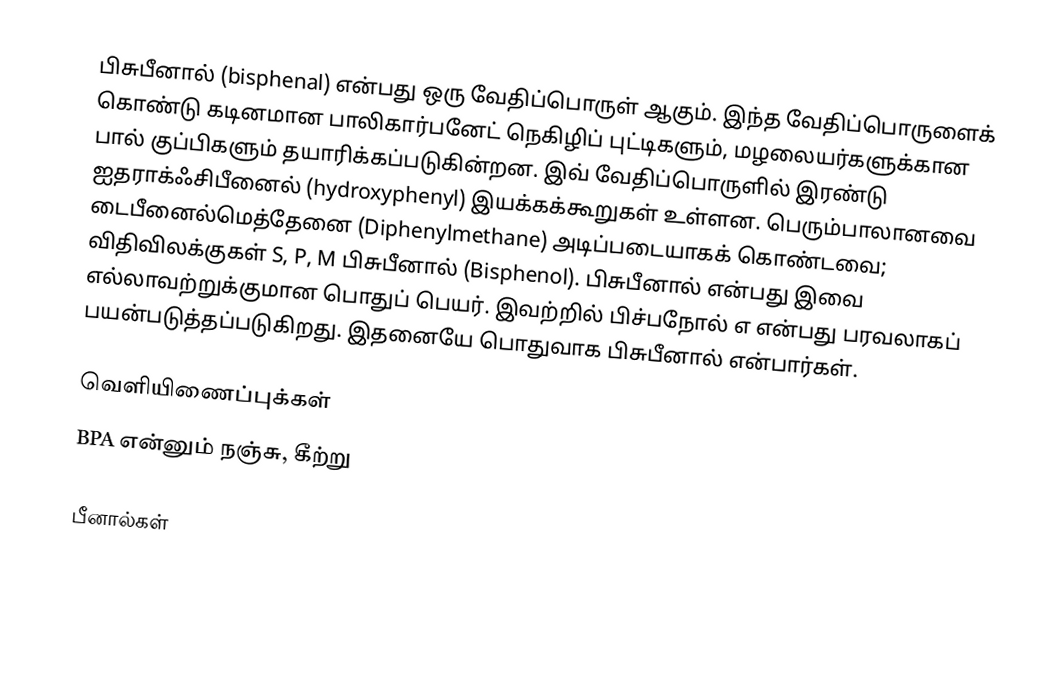
பிசுபீனால் (bisphenal) என்பது ஒரு வேதிப்பொருள் ஆகும். இந்த வேதிப்பொருளைக் கொண்டு கடினமான பாலிகார்பனேட் நெகிழிப் புட்டிகளும், மழலையர்களுக்கான பால் குப்பிகளும் தயாரிக்கப்படுகின்றன. இவ் வேதிப்பொருளில் இரண்டு ஐதராக்ஃசிபீனைல் (hydroxyphenyl) இயக்கக்கூறுகள் உள்ளன. பெரும்பாலானவை டைபீனைல்மெத்தேனை (Diphenylmethane) அடிப்படையாகக் கொண்டவை; விதிவிலக்குகள் S, P, M பிசுபீனால் (Bisphenol). பிசுபீனால் என்பது இவை எல்லாவற்றுக்குமான பொதுப் பெயர். இவற்றில் பிச்பநோல் எ என்பது பரவலாகப் பயன்படுத்தப்படுகிறது. இதனையே பொதுவாக பிசுபீனால் என்பார்கள்.

வெளியிணைப்புக்கள்
BPA என்னும் நஞ்சு, கீற்று

பீனால்கள்